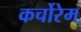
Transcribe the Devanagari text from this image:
कर्चोरेम